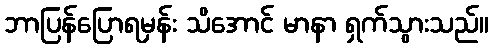
ဘာပြန်ပြောရမှန်း သိအောင် မာနာ ရှက်သွားသည်။